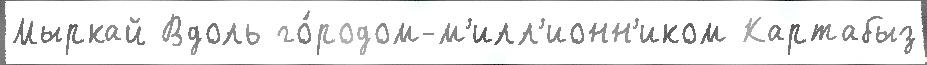
Мыркай Вдоль го́родом-м'илл'ионн'иком Картабыз